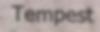
Tempest